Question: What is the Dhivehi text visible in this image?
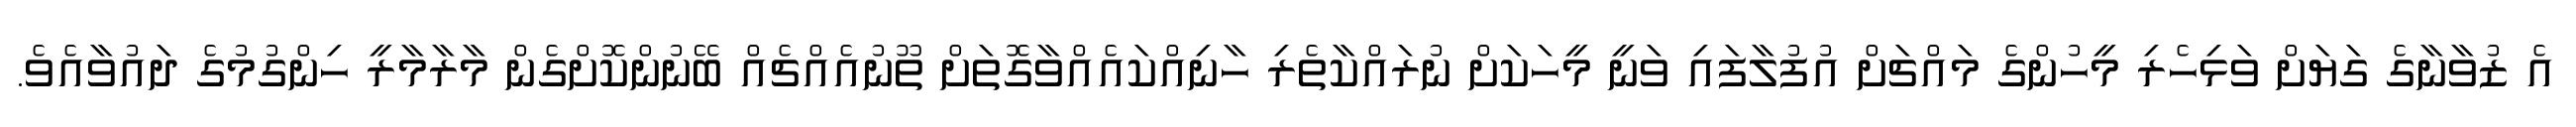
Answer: އެ ޒުވާނާގެ ގަޔަށް ވަޅިހެރި މީހުންގެ މައްޗަށް އުފުލާފައި ވަނީ މީހަކަށް ނުރައްކާތެރި ހާނިއްކައެއްވާގޮތަށް ތޫނުއެއްޗެއް ބޭނުންކޮށްގެން މާރާމާރީ ހިންގުމުގެ ދައުވާއެވެ.